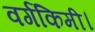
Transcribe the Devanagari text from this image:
वर्गकिमी।